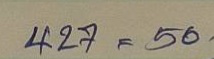
427 = 50